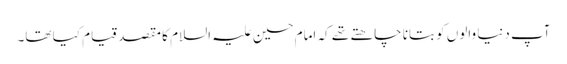
آپ دنیا والوں کو بتانا چاھتے تھے کہ امام حسین علیہ السلام کا مقصد قیام کیا تھا۔